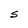
Character: S